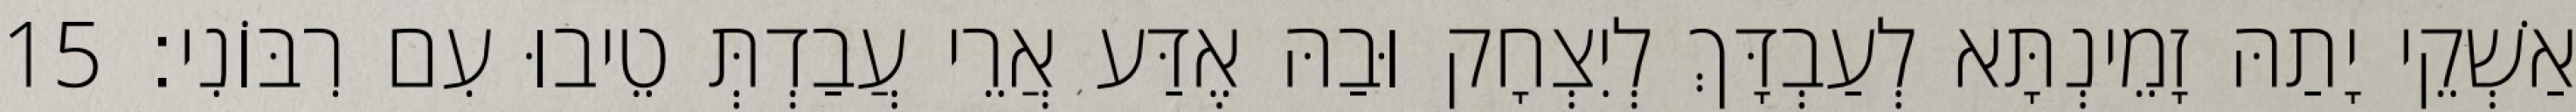
אַשְׁקֵי יָתַהּ זָמֵינְתָּא לְעַבְדָּךְ לְיִצְחָק וּבַהּ אֶדַּע אֲרֵי עֲבַדְתְּ טֵיבוּ עִם רִבּוֹנִי׃ 15